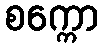
စက္ကော